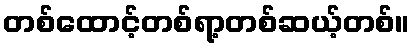
တစ်ထောင့်တစ်ရာ့တစ်ဆယ့်တစ်။